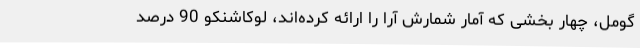
گومل، چهار بخشی که آمار شمارش آرا را ارائه کرده‌اند، لوکاشنکو 90 درصد